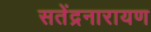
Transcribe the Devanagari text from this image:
सतेंद्रनारायण